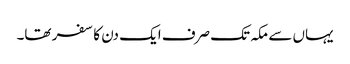
یہاں سے مکہ تک صرف ایک دن کا سفر تھا۔